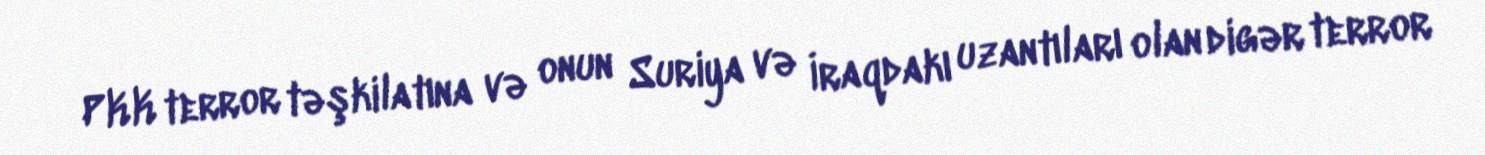
PKK terror təşkilatına və onun Suriya və İraqdakı uzantıları olan digər terror